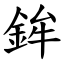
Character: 鉾